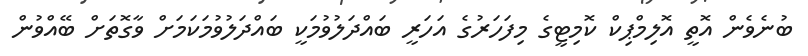
ބުނެވެން އޮތީ އޮލިމްޕިކް ކޮމިޓީގެ މިފަހަރުގެ އަހަރީ ބައްދަލުވުމަކީ ބައްދަލުވުމަކަމަށް ވާގޮތަށް ބޭއްވުން